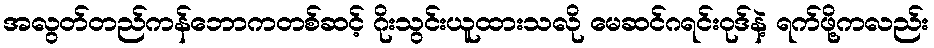
အလွတ်တည်ကန်ဘောကတစ်ဆင့် ဂိုးသွင်းယူထားသလို မေဆင်ဂရင်းဝုဒ်နဲ့ ရက်ဖို့ကလည်း